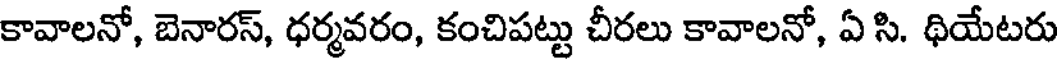
కావాలనో, బెనారస్, ధర్మవరం, కంచిపట్టు చీరలు కావాలనో, ఏ సి. ధియేటరు